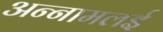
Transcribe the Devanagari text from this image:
अन्‍नामलई